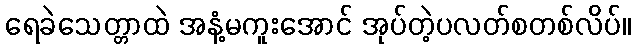
ရေခဲသေတ္တာထဲ အနံ့မကူးအောင် အုပ်တဲ့ပလတ်စတစ်လိပ်။